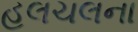
હલચલના